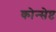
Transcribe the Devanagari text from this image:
कोन्सेप्ट